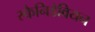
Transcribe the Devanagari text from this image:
स्कैनिडेवियन